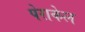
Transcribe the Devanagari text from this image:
पेराकेल